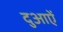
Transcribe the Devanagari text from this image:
दुआऐं